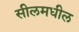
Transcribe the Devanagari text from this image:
सीलमधील